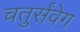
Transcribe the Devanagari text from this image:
चतुर्संवेग